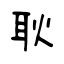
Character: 耿